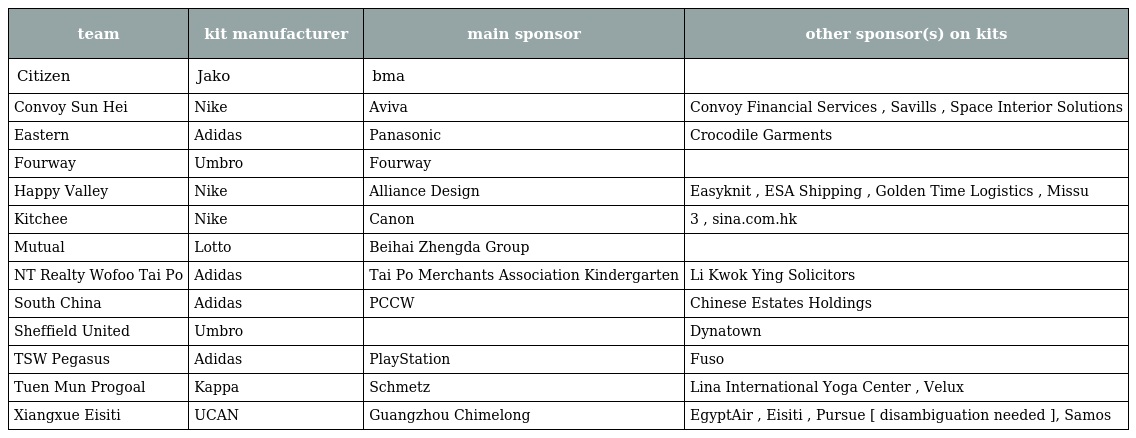
| team | kit manufacturer | main sponsor | other sponsor(s) on kits |
 | --- | --- | --- | --- |
 | Citizen | Jako | bma |  |
 | Convoy Sun Hei | Nike | Aviva | Convoy Financial Services , Savills , Space Interior Solutions |
 | Eastern | Adidas | Panasonic | Crocodile Garments |
 | Fourway | Umbro | Fourway |  |
 | Happy Valley | Nike | Alliance Design | Easyknit , ESA Shipping , Golden Time Logistics , Missu |
 | Kitchee | Nike | Canon | 3 , sina.com.hk |
 | Mutual | Lotto | Beihai Zhengda Group |  |
 | NT Realty Wofoo Tai Po | Adidas | Tai Po Merchants Association Kindergarten | Li Kwok Ying Solicitors |
 | South China | Adidas | PCCW | Chinese Estates Holdings |
 | Sheffield United | Umbro |  | Dynatown |
 | TSW Pegasus | Adidas | PlayStation | Fuso |
 | Tuen Mun Progoal | Kappa | Schmetz | Lina International Yoga Center , Velux |
 | Xiangxue Eisiti | UCAN | Guangzhou Chimelong | EgyptAir , Eisiti , Pursue [ disambiguation needed ], Samos |